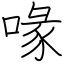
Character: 喙